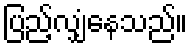
ပြည့်လျှံနေသည်။